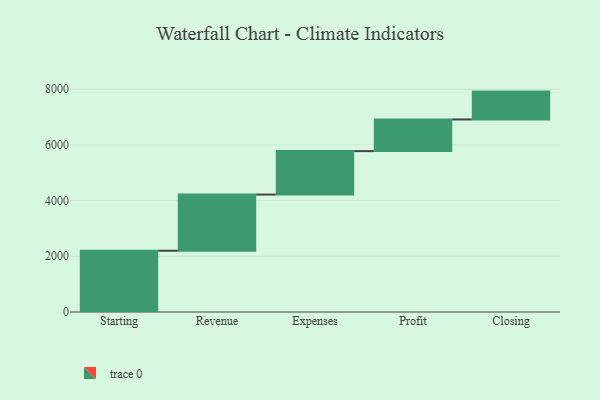
{"axis": {"x": "Step", "y": "Value"}, "legend": [""], "data": [{"x": "Starting", "y": 2200.0, "type": ""}, {"x": "Revenue", "y": 2016.0, "type": ""}, {"x": "Expenses", "y": 1560.0, "type": ""}, {"x": "Profit", "y": 1137.0, "type": ""}, {"x": "Closing", "y": 1000, "type": ""}]}